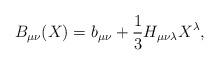
LaTeX: \begin{align*}B_{\mu \nu}(X)= b_{\mu \nu} + \frac{1}{3} H_{\mu \nu \lambda} X^{\lambda},\end{align*}